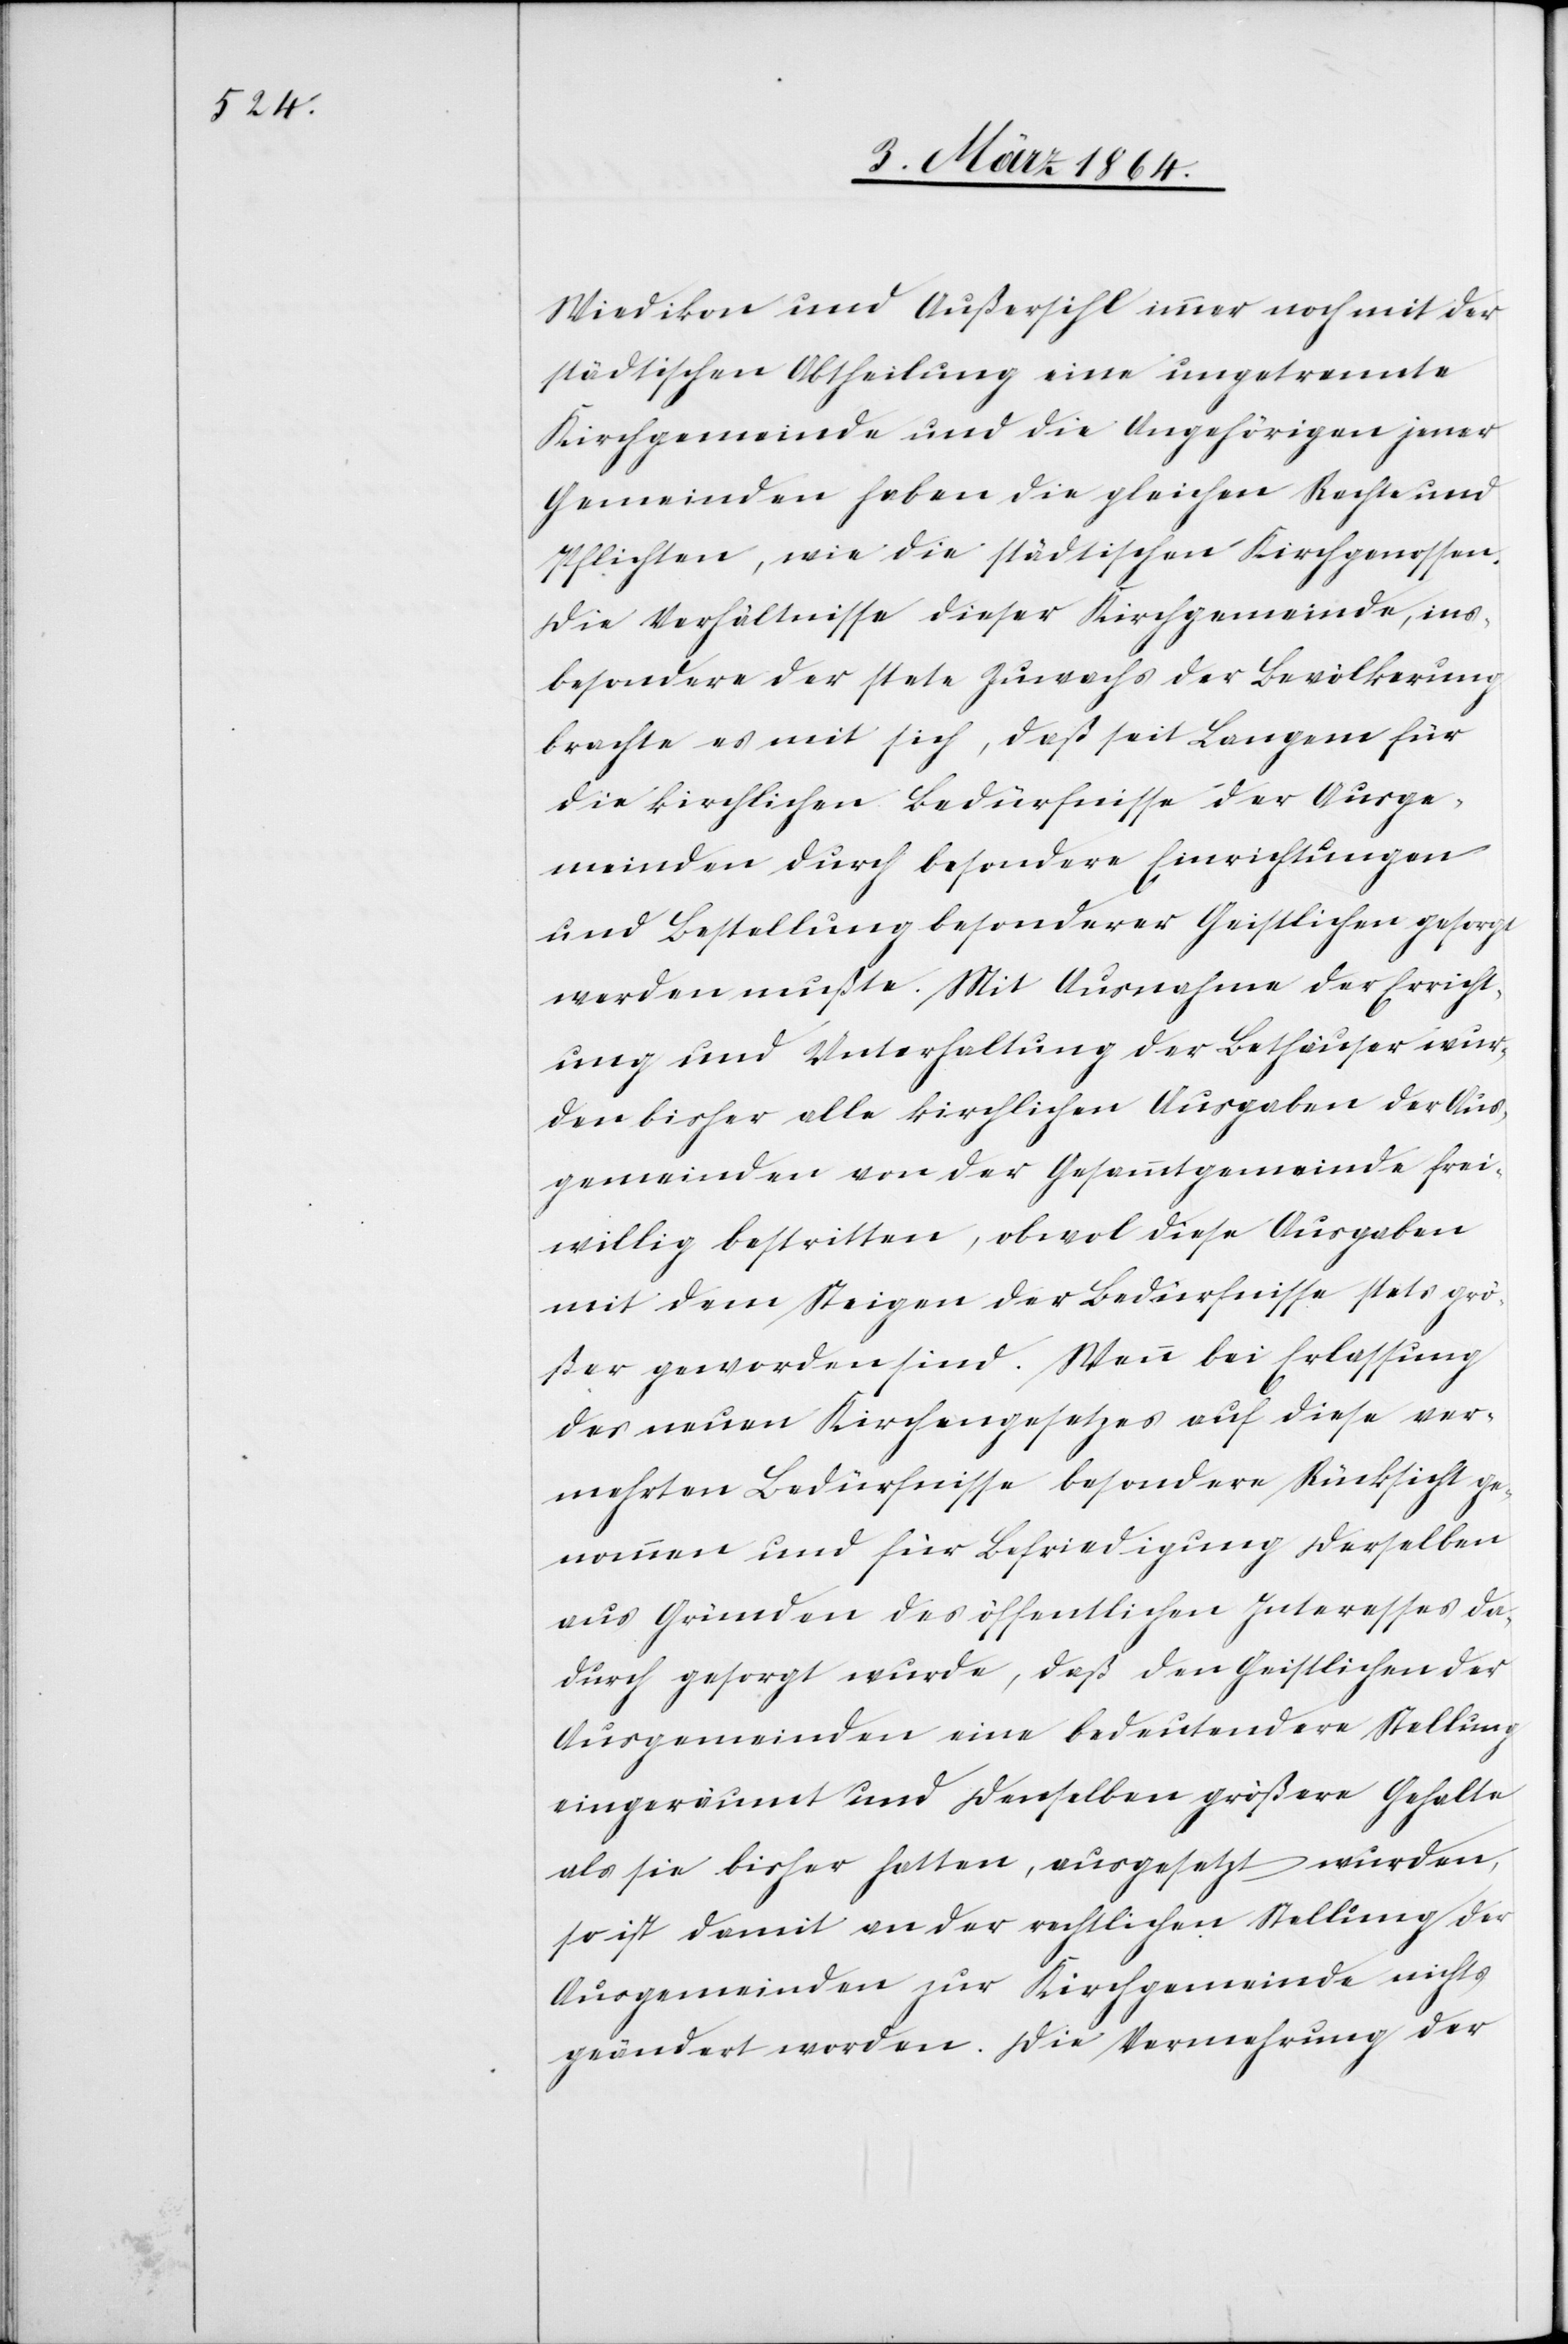
Wiedikon und Außersihl immer noch mit der
städtischen Abtheilung eine ungetrennte
Kirchgemeinde und die Angehörigen jener
Gemeinden haben die gleichen Rechte und
Pflichten, wie die städtischen Kirchgenossen.
Die Verhältnisse dieser Kirchgemeinde, ins¬
besondere der stete Zuwachs der Bevölkerung
brachte es mit sich, daß seit Langem für
die kirchlichen Bedürfnisse der Ausge¬
meinden durch besondere Einrichtungen
und Bestellung besonderer Geistlichen [sic!]
werden mußte. Mit Ausnahme der Erricht¬
ung und Unterhaltung der Bethäuser wur¬
den bisher alle kirchlichen Ausgaben der Aus¬
gemeinden von der Gesammtgemeinde frei¬
willig bestritten, obwol diese Ausgaben
mit dem Steigen der Bedürfnisse stets grö¬
ßer geworden sind. Wenn bei Erlassung
des neuen Kirchgesetzes auf diese ver¬
mehrten Bedürfnisse besondere Rücksicht ge¬
nommen und für Befriedigung derselben
aus Gründen des öffentlichen Interesses da¬
durch gesorgt wurde, daß den Geistlichen der
Ausgemeinden eine bedeutendere Stellung
eingeräumt und denselben größere Gehalte
als sie bisher hatten, ausgesetzt wurden,
so ist damit an der rechtlichen Stellung der
Ausgemeinden zur Kirchgemeinde nichts
geändert worden. Die Vermehrung der